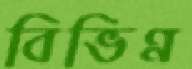
বিভিণ্ন